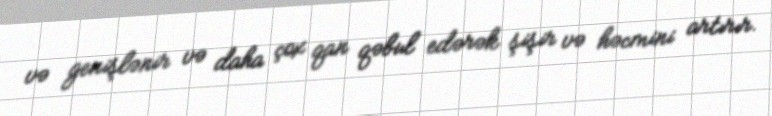
və genişlənir və daha çox qan qəbul edərək şişir və həcmini artırır.